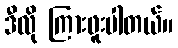
ဒီလို ကြားဖူးပါတယ်။